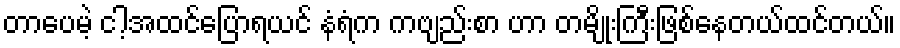
တာပေမဲ့ ငါ့အထင်ပြောရယင် နံရံက ကဗျည်းစာ ဟာ တမျိုးကြီးဖြစ်နေတယ်ထင်တယ်။